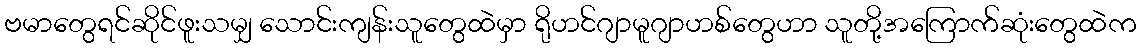
ဗမာတွေရင်ဆိုင်ဖူးသမျှ သောင်းကျန်းသူတွေထဲမှာ ရိုဟင်ဂျာမူဂျာဟစ်တွေဟာ သူတို့အကြောက်ဆုံးတွေထဲက